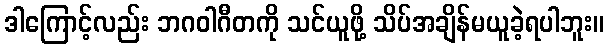
ဒါကြောင့်လည်း ဘဂဝါဂီတကို သင်ယူဖို့ သိပ်အချိန်မယူခဲ့ရပါဘူး။